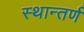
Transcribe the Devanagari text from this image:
स्थान्तर्ण